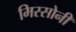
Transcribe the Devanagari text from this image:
मिस्सोनी